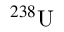
^ { 2 3 8 } \mathrm { U }